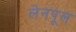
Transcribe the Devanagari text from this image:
लेनपूल